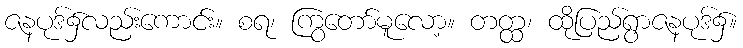
ဇနပုဒ်၌လည်းကောင်း။ စရ၊ ကြွတော်မူလော့။ တတ္ထ၊ ထိုပြည်ရွာဇနပုဒ်၌။